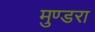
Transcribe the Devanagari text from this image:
मुण्डरा